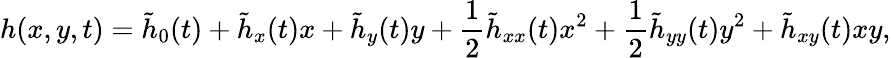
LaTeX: {h}(x,y,t)=\tilde{h}_{0}(t)+\tilde{h}_{x}(t)x+\tilde{h}_{y}(t)y+\frac{1}{2}\tilde{h}_{xx}(t)x^{2}+\frac{1}{2}\tilde{h}_{yy}(t)y^{2}+\tilde{h}_{xy}(t)xy,